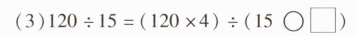
(3) 120\div 15 = (120\times4)\div(15\bigcirc\square)